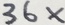
3 6 x